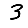
Digit: 3